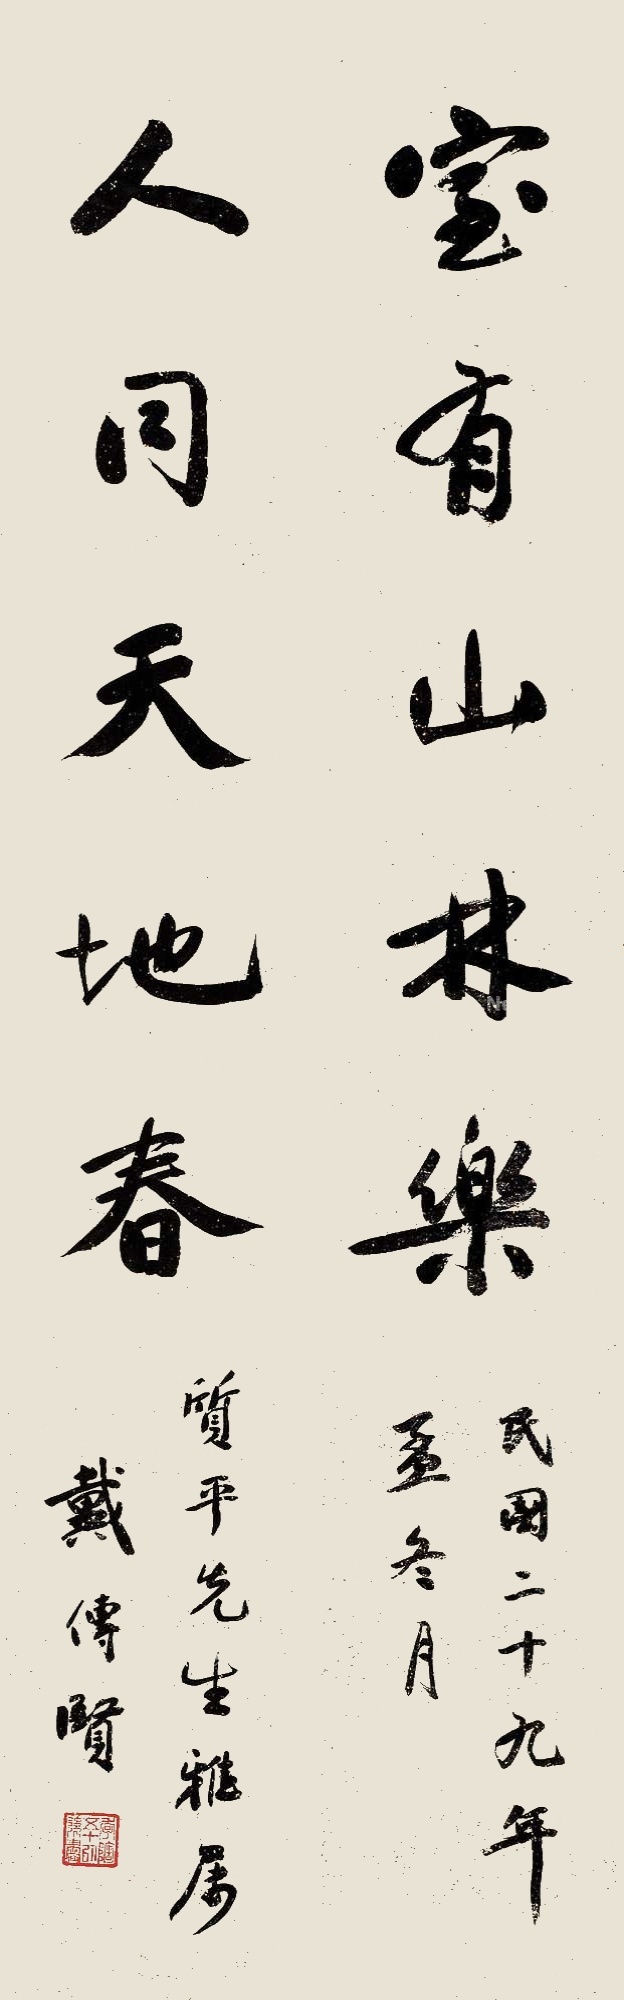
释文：室有山林乐，人同天地春。民国二十九年孟冬月，质平先生雅属，戴传贤。